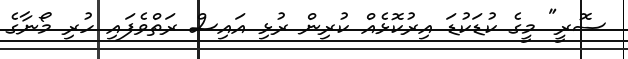
ސޮރީ" މީގެ ކުޑަކުޑަ އިރުކޮޅެއް ކުރިން ރުޅި އައިސް ރަތްވެފައި ހުރި މޯނާގެ